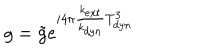
LaTeX: g = \tilde { g } e ^ { i 4 \pi { \frac { k _ { e x t } } { k _ { d y n } } } T _ { d y n } ^ { 3 } }